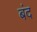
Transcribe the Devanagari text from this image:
बंद